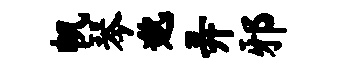
帆琴邈弄邪